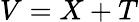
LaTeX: V=X+T